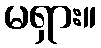
မရှား။